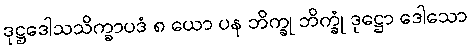
ဒုဋ္ဌဒေါသသိက္ခာပဒံ ၈ ယော ပန ဘိက္ခု ဘိက္ခုံ ဒုဋ္ဌော ဒေါသော